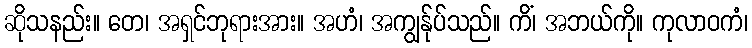
ဆိုသနည်း။ တေ၊ အရှင်ဘုရားအား။ အဟံ၊ အကျွန်ုပ်သည်။ ကိံ၊ အဘယ်ကို။ ကုလာဝကံ၊